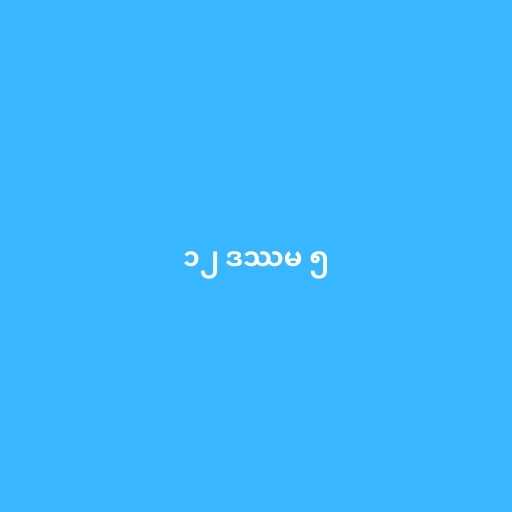
၁၂ ဒဿမ ၅